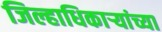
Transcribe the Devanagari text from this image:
जिल्हाधिकाऱ्यांच्या